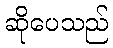
ဆိုပေသည်